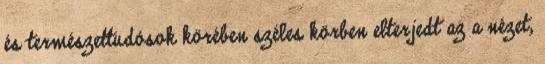
és természettudósok körében széles körben elterjedt az a nézet,